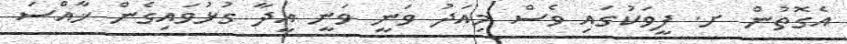
އެގޮތުން ށ. ފީވަކުގައި ވެސް މިއަދު ވަނީ ވަނީ ޢީދާ ގުޅުވައިގެން ޚާއްސަ